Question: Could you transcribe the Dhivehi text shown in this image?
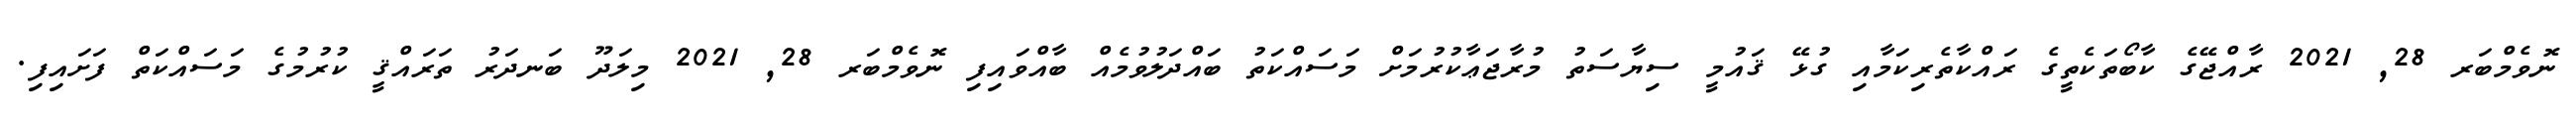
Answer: ނޮވެމްބަރ 28, 2021 ރާއްޖޭގެ ކާބޯތަކެތީގެ ރައްކާތެރިކަމާއި ގުޅޭ ޤައުމީ ސިޔާސަތު މުރާޖަޢާކުރުމަށް މަސައްކަތު ބައްދަލުވުމެއް ބާއްވައިފި ނޮވެމްބަރ 28, 2021 މިލަދޫ ބަނދަރު ތަރައްޤީ ކުރުމުގެ މަސައްކަތް ފަށައިފި.